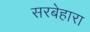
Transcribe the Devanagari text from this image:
सरबेहारा